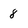
Character: 8